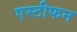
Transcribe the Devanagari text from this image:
एस्टीफन